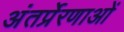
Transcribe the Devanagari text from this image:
अंतर्प्रेरणाओं